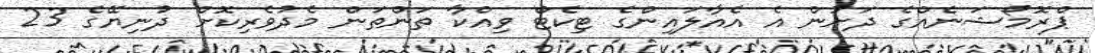
ޕްރޮމޯޝަނެއްގެ ދަށުން އެ އެއާލައިންގެ ޓިކެޓް ވިއްކާ ތަންތަން މެދުވެރިކޮށް ދުނިޔޭގެ 23